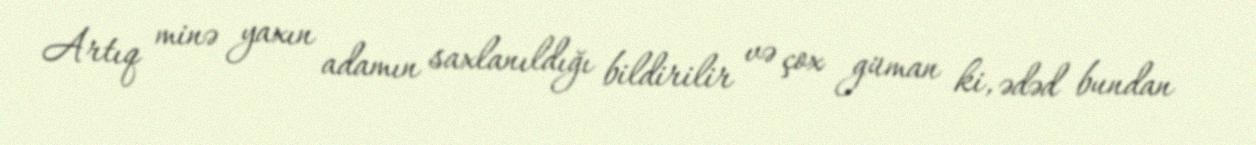
Artıq minə yaxın adamın saxlanıldığı bildirilir və çox güman ki, ədəd bundan